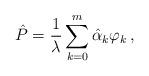
LaTeX: \begin{align*}\hat P=\frac1\lambda\sum_{k=0}^{ m}\hat\alpha_{k}\varphi_{k}\,,\end{align*}